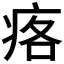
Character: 𱱓